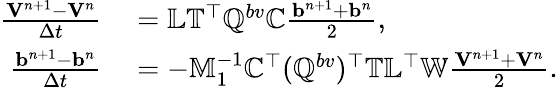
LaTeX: \begin{array}{rl}{\frac{{\mathbf V}^{n+1}-{\mathbf V}^{n}}{\Delta t}}&{{}=\mathbb{L}\mathbb{T}^{\top}\mathbb{Q}^{bv}\mathbb{C}\frac{{\mathbf b}^{n+1}+{\mathbf b}^{n}}{2},}\\ {\frac{{\mathbf b}^{n+1}-{\mathbf b}^{n}}{\Delta t}}&{{}=-\mathbb{M}_{1}^{-1}\mathbb{C}^{\top}(\mathbb{Q}^{bv})^{\top}\mathbb{T}\mathbb{L}^{\top}\mathbb{W}\frac{{\mathbf V}^{n+1}+{\mathbf V}^{n}}{2}.}\end{array}